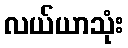
လယ်ယာသုံး